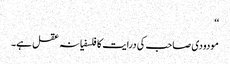
‘‘
مودودی صاحب کی درایت کا فلسفیانہ عقل ہے۔